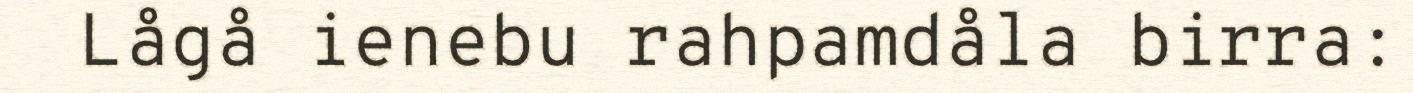
Lågå ienebu rahpamdåla birra: